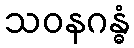
သဝနဂန္ဓံ